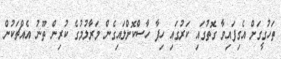
ތަހުގީގަށް އެގިފައިވާ ގޮތުގައި ކަރުގައި ހިފާ ހާސްކޮށްލައިގެން މަރާލުމުގެ ކުރިން ތޫނު އެއްޗަކުން